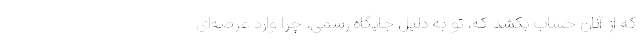
که از آنان حساب بکشد که، تو به دلیل جایگاه رسمی، چرا وارد عرصه‌ای